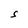
Character: S